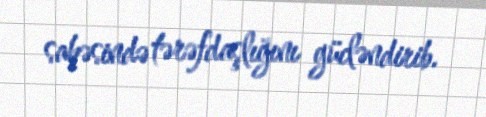
sahəsində tərəfdaşlığını gücləndirib.